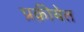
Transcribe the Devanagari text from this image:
प्रक्रीयेत